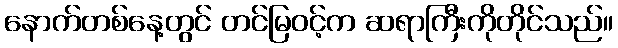
နောက်တစ်နေ့တွင် တင်မြဝင့်က ဆရာကြီးကိုတိုင်သည်။